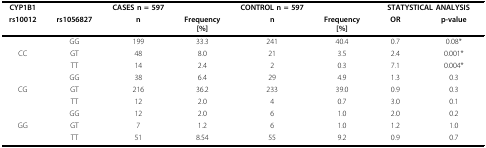
| CYP1B1 |  | CASES n = 597 |  | CONTROL n = 597 |  | <COLSPAN=2> STATYSTICAL ANALYSIS |
 | rs10012 | rs1056827 | n | Frequency[%] | n | Frequency[%] | OR | p-value |
 | --- | --- | --- | --- | --- | --- | --- | --- |
 |  | GG | 199 | 33.3 | 241 | 40.4 | 0.7 | 0.08* |
 | CC | GT | 48 | 8.0 | 21 | 3.5 | 2.4 | 0.001* |
 |  | TT | 14 | 2.4 | 2 | 0.3 | 7.1 | 0.004* |
 |  | GG | 38 | 6.4 | 29 | 4.9 | 1.3 | 0.3 |
 | CG | GT | 216 | 36.2 | 233 | 39.0 | 0.9 | 0.3 |
 |  | TT | 12 | 2.0 | 4 | 0.7 | 3.0 | 0.1 |
 |  | GG | 12 | 2.0 | 6 | 1.0 | 2.0 | 0.2 |
 | GG | GT | 7 | 1.2 | 6 | 1.0 | 1.2 | 1.0 |
 |  | TT | 51 | 8.54 | 55 | 9.2 | 0.9 | 0.7 |